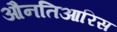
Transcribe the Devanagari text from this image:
औनतिआरिस